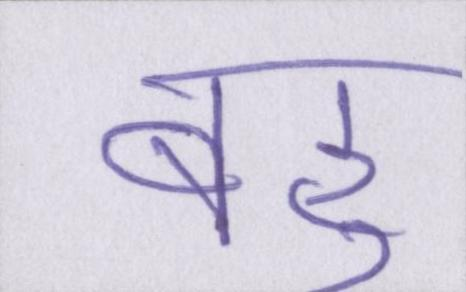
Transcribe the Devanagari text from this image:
बहु